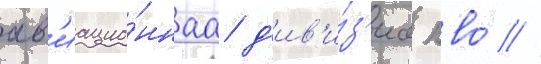
ав'иацио́ннаа д'ив'и́з'иа пво́ //